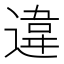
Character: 違